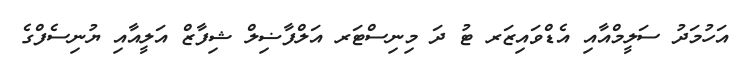
އަހުމަދު ސަލީމްއާއި އެޑްވައިޒަރ ޓު ދަ މިނިސްޓަރ އަލްފާޟިލް ޝިފާޒް އަލީއާއި ޔުނިސެފްގެ